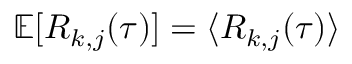
\mathbb { E } [ R _ { k , j } ( \tau ) ] = \langle R _ { k , j } ( \tau ) \rangle